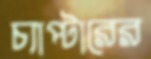
চ্যাপ্টারের